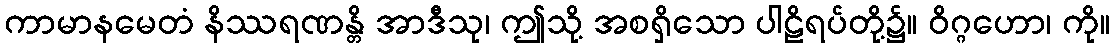
ကာမာနမေတံ နိဿရဏန္တိ အာဒီသု၊ ဤသို့ အစရှိသော ပါဠိရပ်တို့၌။ ဝိဂ္ဂဟော၊ ကို။